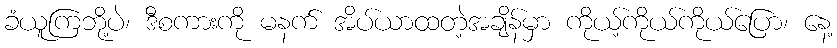
ခံယူကြဘို့ပဲ၊ ဒီစကားကို မနက် အိပ်ယာထတဲ့အချိန်မှာ ကိုယ့်ကိုယ်ကိုယ်ပြော၊ နေ့